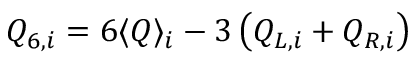
Q _ { 6 , i } = 6 \langle Q \rangle _ { i } - 3 \left( Q _ { L , i } + Q _ { R , i } \right)